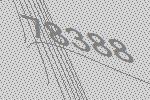
78388